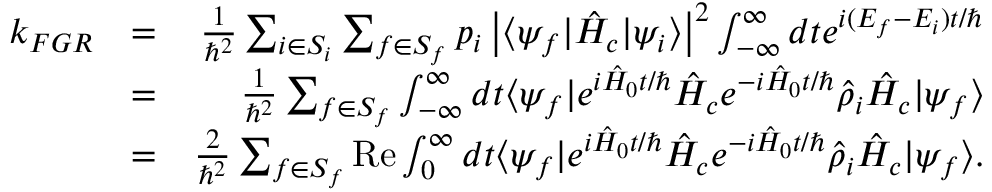
\begin{array} { r l r } { k _ { F G R } } & { = } & { \frac { 1 } { \hbar ^ { 2 } } \sum _ { i \in S _ { i } } \sum _ { f \in S _ { f } } p _ { i } \left| \langle \psi _ { f } | \hat { H } _ { c } | \psi _ { i } \rangle \right| ^ { 2 } \int _ { - \infty } ^ { \infty } d t e ^ { i ( E _ { f } - E _ { i } ) t / \hbar } } \\ & { = } & { \frac { 1 } { \hbar ^ { 2 } } \sum _ { f \in S _ { f } } \int _ { - \infty } ^ { \infty } d t \langle \psi _ { f } | e ^ { i \hat { H } _ { 0 } t / \hbar } \hat { H } _ { c } e ^ { - i \hat { H } _ { 0 } t / \hbar } \hat { \rho } _ { i } \hat { H } _ { c } | \psi _ { f } \rangle } \\ & { = } & { \frac { 2 } { \hbar ^ { 2 } } \sum _ { f \in S _ { f } } \mathrm { R e } \int _ { 0 } ^ { \infty } d t \langle \psi _ { f } | e ^ { i \hat { H } _ { 0 } t / \hbar } \hat { H } _ { c } e ^ { - i \hat { H } _ { 0 } t / \hbar } \hat { \rho } _ { i } \hat { H } _ { c } | \psi _ { f } \rangle . } \end{array}